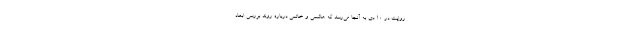
روایت در 10 دی به آنجا می‌رسد که هاشمی و خاتمی درباره روند بررسی ابعاد